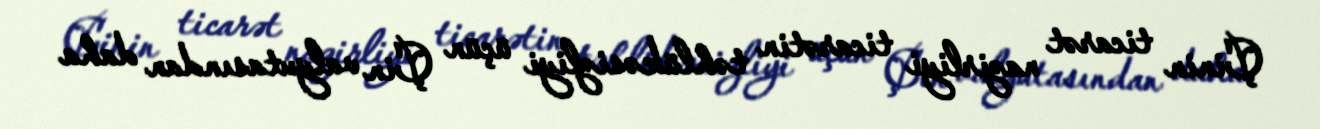
Çinin ticarət nazirliyi ticarətin təhlükəsizliyi üçün Çin valyutasından daha